Newspaper: The Carson daily appeal. [volume]
Place of publication: Carson City, Nev.
Publisher: Robinson, Barrett & Co.
Date: 1870-01-11 00:00:00
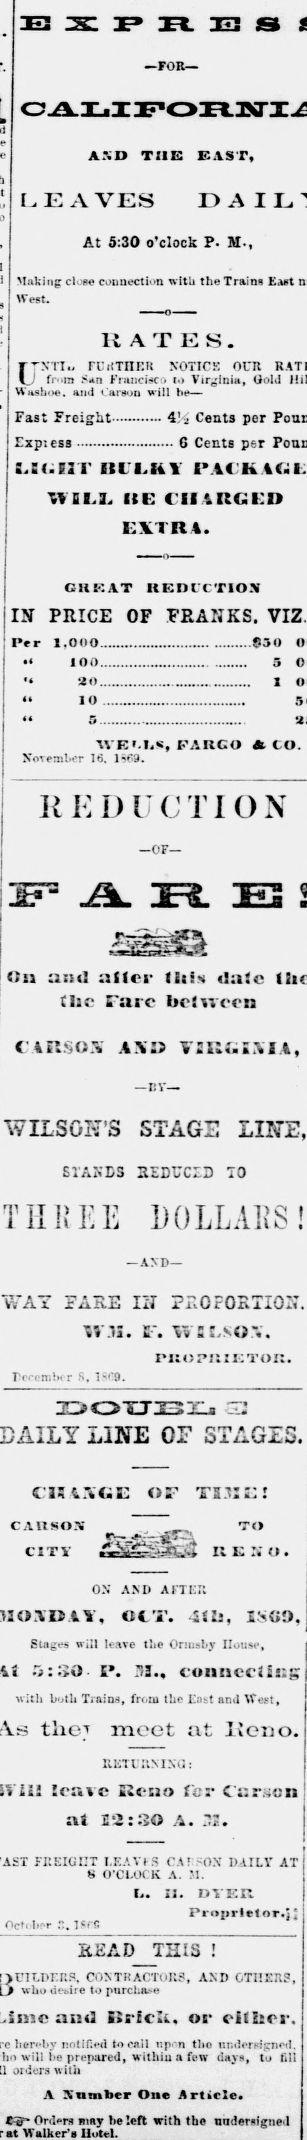
Advertisement text (OCR):
EX P R E S FOR ASD the: east, I. E A VES At 5:30 o'clock P. M-, Milking close conaection with the Traini at West. HATES. ryN'ri FCrtTnr.K notick our J from Sn Friuicicri to Virginia, Gold wasuoe. and (.argon vill he- Fast Freight 4'-i Cents per Exp: ess 6 Cents per XV DM. HE CHARGED EXTItl. CltKAT KEDl'CTIOX IN PRICE OF FRANKS. Per 1,000 830 100.. 20.. 10 . 5 1 WE'.IiS, PARCO At CO. November 16. 168. R EDUCTION or A E3 On attd :il(oi' litis date I the Tare bclurcn C4HSOX AX TSRuSMA, BY TAGS LINE, STAKES SEDUCID TO TIIKEE DOLLARS! AND WAT PARE IZJ Pr.OFORTIOX. V.1I. C". StAOX. rnopiiZKTon. Tcrcmlxr S, lro. LINE OF STAGED. CAI1SOS C1TV TO K K li O . ON AND AKTLT. OCT. 4tls, SSGO, Suiges will leave tiie OriusLy House, 5:30- I lij., eonnccilng with both TmiDS, from the East and ttest, tlioT meet at llcno. RETli'.MNli: tenvc Reno tor Ccracn at 12: SO A. "2. FEEICHT l.EAVIS CAT" SON DAILY AT 8 O'CLOCK A. M. 1. II. DYER Proprietor.!! Oct. b"r .". 1SC5 S2AD THIS ! CONTRACTORS, and others, who tiebire to purchase and Kartell, or eiflicr. hereby notified to call npn tho nndersijrned. ho will lie prepared, within a few days, to till orders with A A Timber One Article. t?B Orders may he left with tha undersigned at Walker's Motel.
Label: illustrations